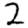
Digit: 2